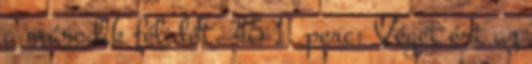
a második félidőt. 45 1. perc: Véget ért az